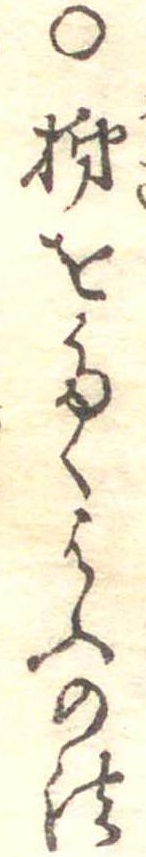
○柿をたくはふの法